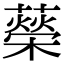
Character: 𦾵